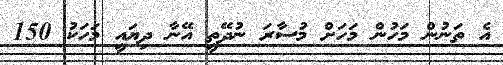
އެ ތަނުން މަހުން މަހަށް މުސާރަ ނުދޭތީ އޭނާ ދިޔައީ މަހަކު 150